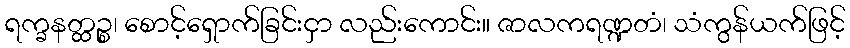
ရက္ခနတ္ထဉ္စ၊ စောင့်ရှောက်ခြင်းငှာ လည်းကောင်း။ ဇာလကရဏ္ဍတံ၊ သံကွန်ယက်ဖြင့်